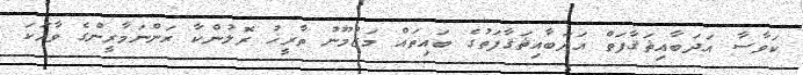
ކަވާސާ އަދަބާއިޘަޤާފަތް އަދަބާއިޘަޤާފަތުގެ ބައިތައް މަޒްމޫނު ތާރީޚު ރޮލުންކާ ރަންނަމާރީންގެ ވާހަކަ